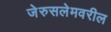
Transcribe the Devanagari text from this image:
जेरुसलेमवरील